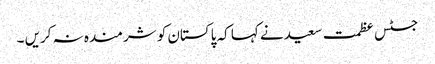
جسٹس عظمت سعید نے کہا کہ پاکستان کو شرمندہ نہ کریں ۔